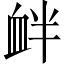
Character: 衅